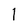
Character: 1